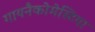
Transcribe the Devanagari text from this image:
गायनैकोमेस्टिया